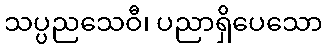
သပ္ပညသေဝီ၊ ပညာရှိပေသော